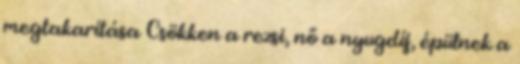
megtakarítása Csökken a rezsi, nő a nyugdíj, épülnek a